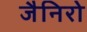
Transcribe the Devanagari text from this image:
जैनिरो